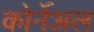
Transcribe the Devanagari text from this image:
कोर्नेअल